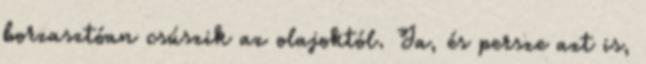
borzasztóan csúszik az olajoktól. Ja, és persze azt is,